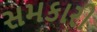
સમકારી